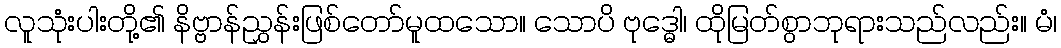
လူသုံးပါးတို့၏ နိဗ္ဗာန်ညွှန်းဖြစ်တော်မူထသော။ သောပိ ဗုဒ္ဓေါ၊ ထိုမြတ်စွာဘုရားသည်လည်း။ မံ၊